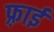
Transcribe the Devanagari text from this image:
फ़्राई